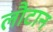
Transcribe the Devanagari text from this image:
लौटान